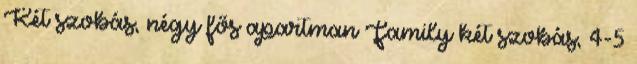
Két szobás, négy fős apartman Family két szobás, 4-5